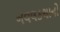
નવલકથાનો